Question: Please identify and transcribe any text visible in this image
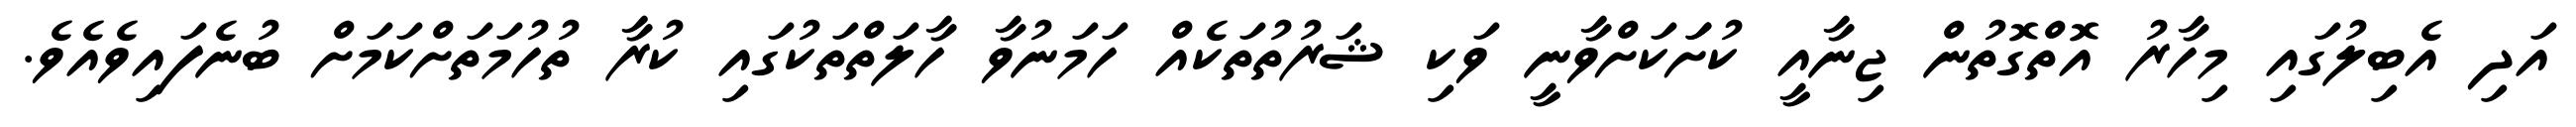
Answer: އަދި އެބިލުގައި މިހާރު އޮތްގޮތުން ޖިނާއީ ކުށަަކަށްވާނީ ވަކި ޝަރުތުތަކެއް ހަމަނުވާ ހާލަތްތަކުގައި ކުރާ ތުހުމަތަށްކަމަށް ބުނެފައިވެއެވެ.